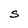
Character: S